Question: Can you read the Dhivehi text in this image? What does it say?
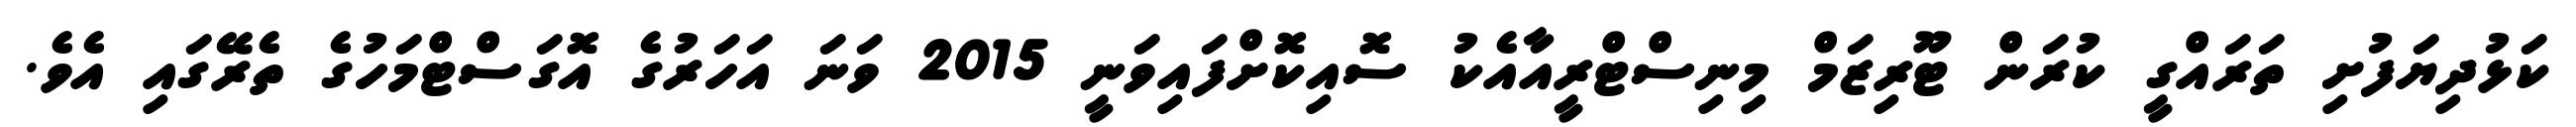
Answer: ކަޅުދިޔަފުށި ތަރައްގީ ކުރަން ޓޫރިޒަމް މިނިސްޓްރީއާއެކު ސޮއިކޮށްފައިވަނީ 2015 ވަނަ އަހަރުގެ އޮގަސްޓްމަހުގެ ތެރޭގައި އެވެ.